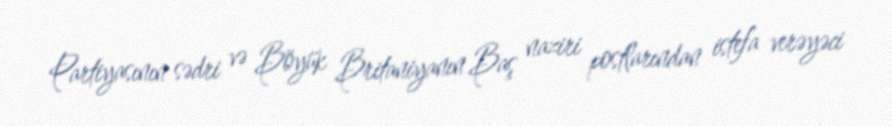
Partiyasının sədri və Böyük Britaniyanın Baş naziri postlarından istefa verəyəci